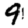
Digit: 9